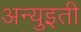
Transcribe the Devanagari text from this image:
अन्युइती